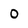
Character: 0